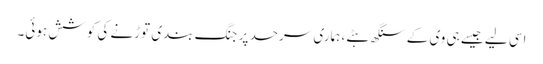
اسی لیے جیسے ہی وی کے سنگھ ہٹے، ہماری سرحد پر جنگ بندی توڑنے کی کوشش ہوئی۔